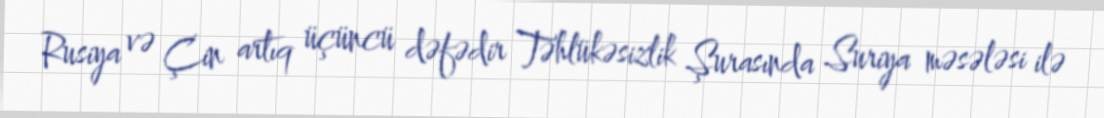
Rusiya və Çin artıq üçüncü dəfədir Təhlükəsizlik Şurasında Suriya məsələsi ilə